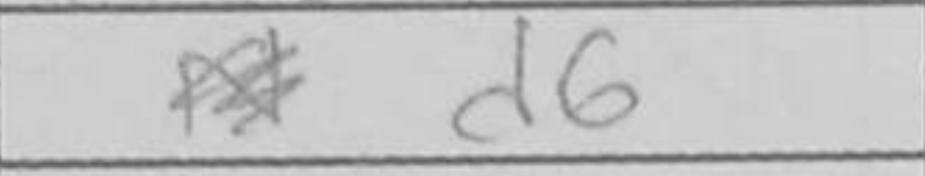
Transcription: d6